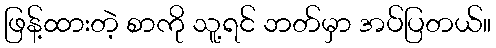
ဖြန့်ထားတဲ့ စာကို သူ့ရင် ဘတ်မှာ အပ်ပြတယ်။